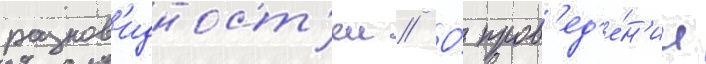
разнов'идност'еи // О́ пров'ед'е́н'ии